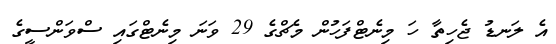
އެ ލަނޑު ޖެހިތާ ހަ މިނެޓްފަހުން މެޗްގެ 29 ވަނަ މިނެޓްގައި ސްވަންސީގެ